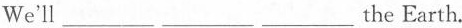
We'll___ ___ ___ the Earth。